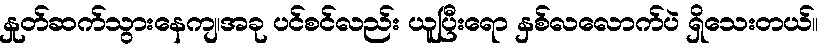
နှုတ်ဆက်သွားနေကျ၊အခု ပင်စင်လည်း ယူပြီးရော နှစ်လလောက်ပဲ ရှိသေးတယ်။